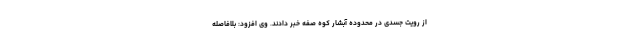
از رویت جسدی در محدوده آبشار کوه صفه خبر دادند. وی افزود: بلافاصله